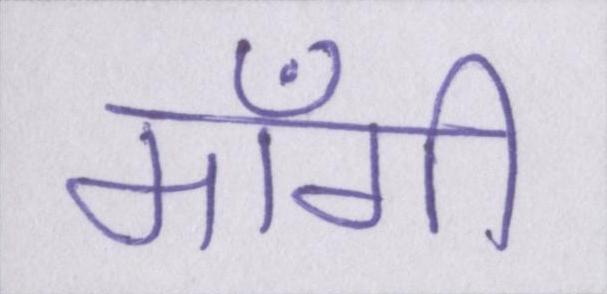
माँगी